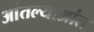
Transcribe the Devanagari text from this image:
आंतल्याआंत